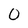
Character: 0